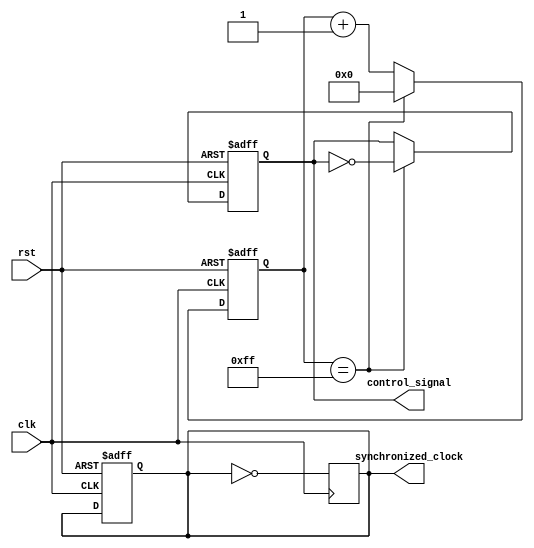
module timing_control_and_sync(
    input wire clk,
    input wire rst,
    output wire control_signal,
    output wire synchronized_clock
);

reg [7:0] counter;
reg control_signal_reg;
reg synchronized_clock_reg;

always @(posedge clk or posedge rst) begin
    if (rst) begin
        counter <= 8'b0;
        control_signal_reg <= 1'b0;
        synchronized_clock_reg <= 1'b0;
    end else begin
        if (counter == 8'b11111111) begin
            counter <= 8'b0;
            control_signal_reg <= ~control_signal_reg;
        end else begin
            counter <= counter + 1;
        end
    end
end

always @(posedge clk) begin
    synchronized_clock_reg <= ~synchronized_clock_reg;
end

assign control_signal = control_signal_reg;
assign synchronized_clock = synchronized_clock_reg;

endmodule